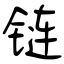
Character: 链